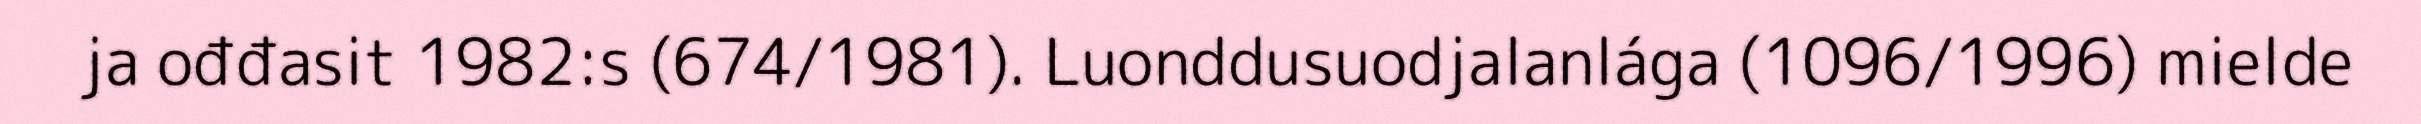
ja ođđasit 1982:s (674/1981). Luonddusuodjalanlága (1096/1996) mielde